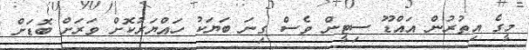
މީގެ އިތުރުން އައްޑޫ ސިޓީން ވެސް ގިނަ ބަޔަކު ހައްޔަރުކޮށް ވަރަށް ބޮޑަށް